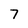
Character: 7